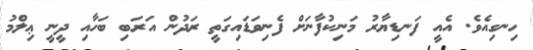
ހިނގިއެވެ. އެއީ ފަނޑިޔާރު މަނިކުފާނަށް ފެނިވަޑައިގަތީ ރަދުން އަރަބި ބަހާއި ދީނީ ޢިލްމު